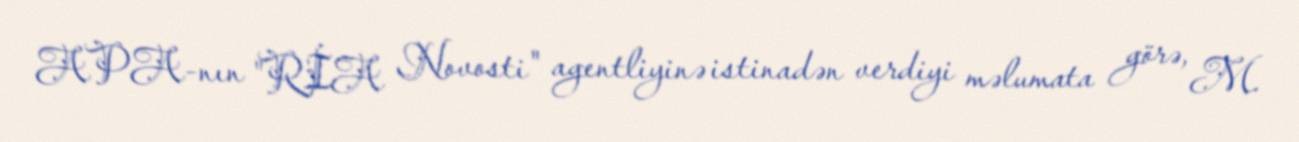
APA-nın "RİA Novosti" agentliyinə istinadən verdiyi məlumata görə, M.